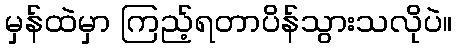
မှန်ထဲမှာ ကြည့်ရတာပိန်သွားသလိုပဲ။